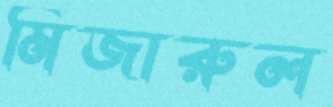
মিজারুল